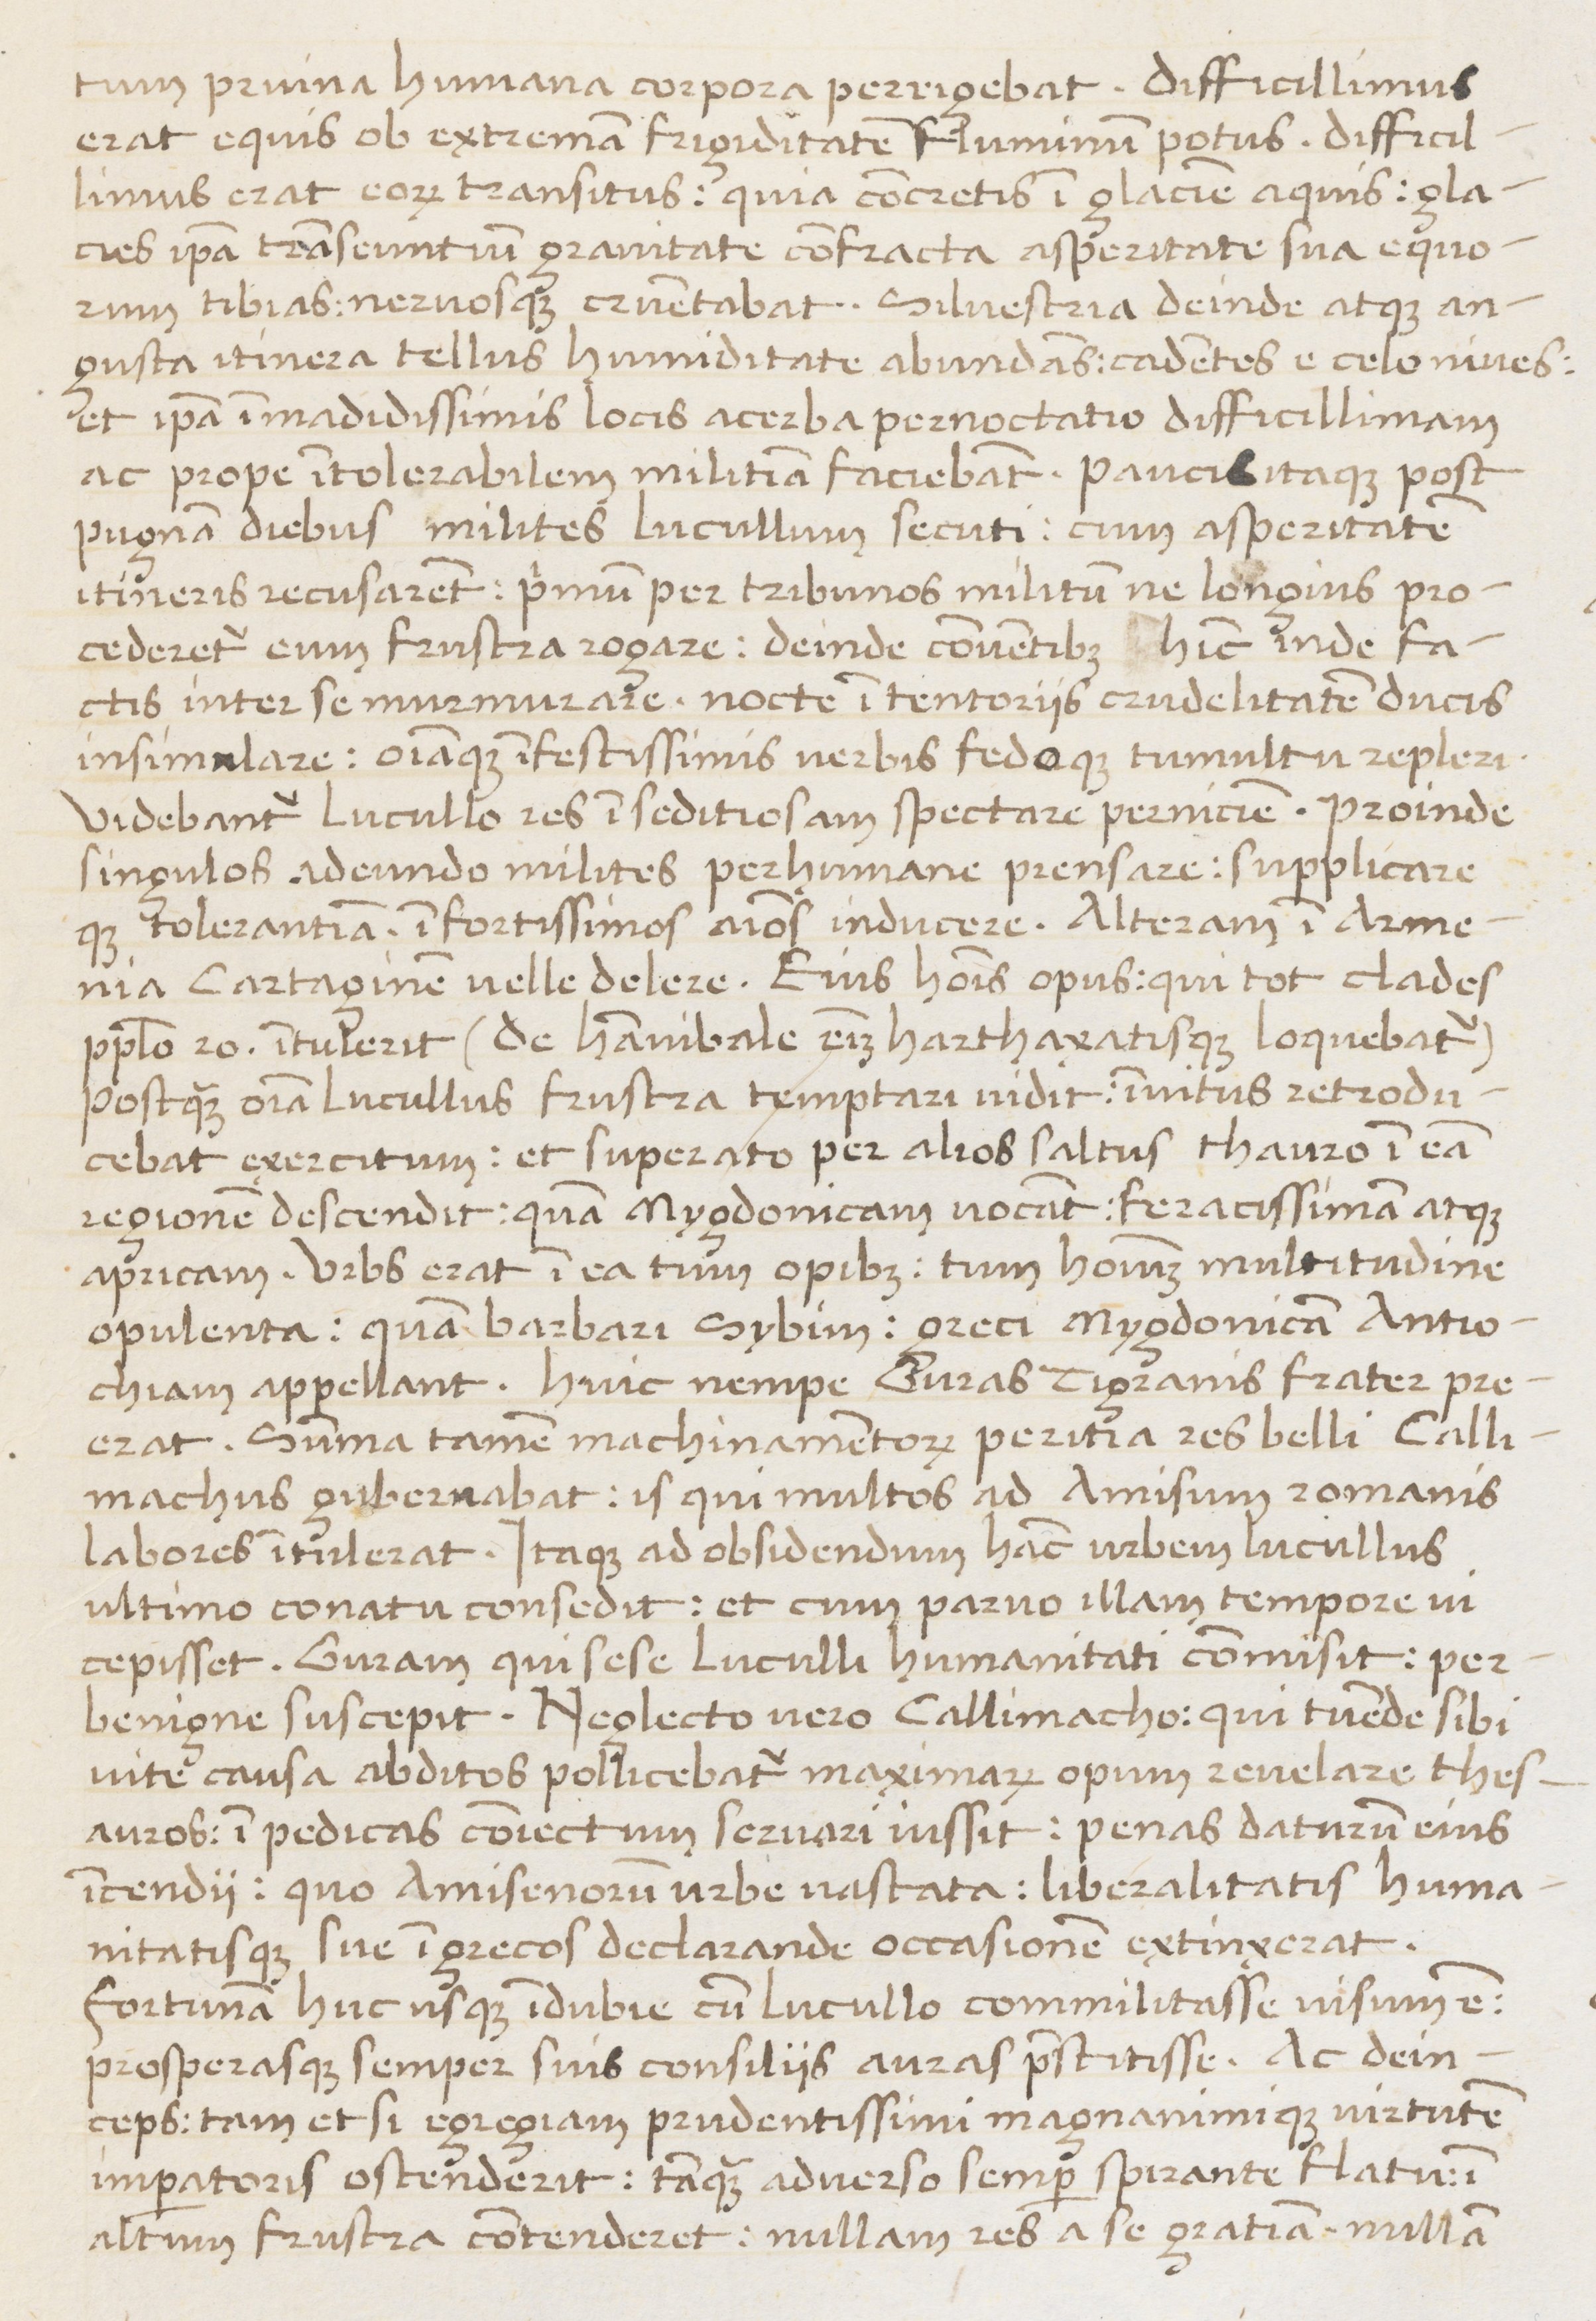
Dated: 1450–1474